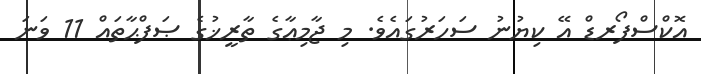
އޮކްސްފޯރޑް އޭ ކިޔުނު ސަހަރުގައެވެ. މި ޖާމިޢާގެ ތާރީޚުގެ ޞަފްޙާތައް 11 ވަނަ